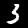
Label: 3